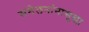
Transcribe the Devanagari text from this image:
संमेलनांनासुद्धा